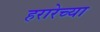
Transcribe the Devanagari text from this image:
हरारेच्या